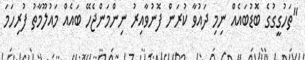
"ތަހުގީގުގެ ބޮޑުބައެއް ނިމި ދައުވާ ކުރަން ފޮނުވާއިރު ނިންމަންޖެހޭ ބައެއް މައުލޫމާތު ފުރިހަމަ